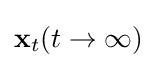
\mathbf {x} _{t}(t\to \infty )